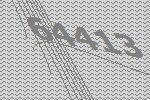
64413